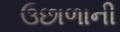
ઉછાળાની